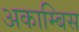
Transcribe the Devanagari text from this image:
अकाम्बिस